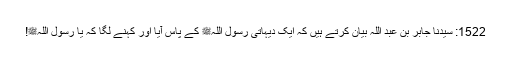
1522: سیدنا جابر بن عبد اللہؓ بیان کرتے ہیں کہ ایک دیہاتی رسول اللہﷺ کے پاس آیا اور کہنے لگا کہ یا رسول اللہﷺ!